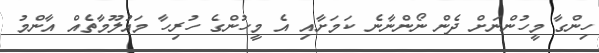
ހިންގާ މީހުންނަށް ދެން ނޯންނާނެ ކަމަށާއި އެ މީހުންގެ ހުރިހާ މައުލޫމާތެއް އާންމު